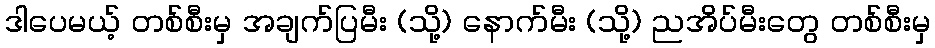
ဒါပေမယ့် တစ်စီးမှ အချက်ပြမီး (သို့) နောက်မီး (သို့) ညအိပ်မီးတွေ တစ်စီးမှ